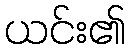
ယင်း၏